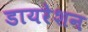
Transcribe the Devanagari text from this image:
डायरेशन